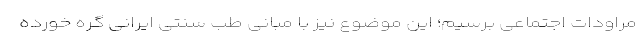
مراودات اجتماعی برسیم؛ این موضوع نیز با مبانی طب سنتی ایرانی گره خورده